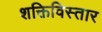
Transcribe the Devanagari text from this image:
शक्तिविस्तार